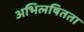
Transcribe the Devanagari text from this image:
अभिलषितता